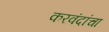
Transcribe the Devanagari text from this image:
करवंदांचा